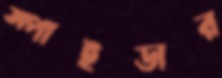
স্পাইডার